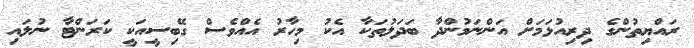
ރައްޔިތުންގެ ދިރިއުޅަމަށް އަންނަމުންދާ ބަދަލުތަކާ އެކު މިހާރު އެއްވެސް ގޭބިސީއަކީ ކަރަންޓާ ނުލައި